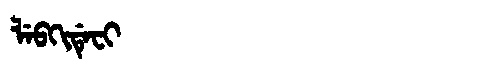
Manchu: ᠯᡝᠪᡴᡳᡩᡝᠸᡳ
Romanization: LEBKIDEFI